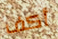
أكف